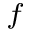
^ f